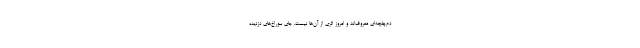
دم‌چلچه‌ای معروف‌اند و امروز اثری از آن‌ها نیست. جای سوراخ‌های دزدیده